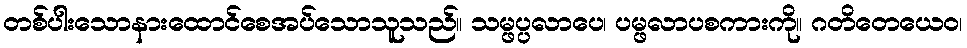
တစ်ပါးသောနားထောင်စေအပ်သောသူသည်။ သမ္ဖပ္ပလာပေ၊ ပမ္ဖလာပစကားကို။ ဂတိတေယေဝ၊